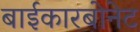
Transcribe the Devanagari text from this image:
बाईकारबोनेट